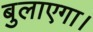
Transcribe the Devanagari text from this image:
बुलाएगा।